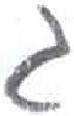
אות: ג